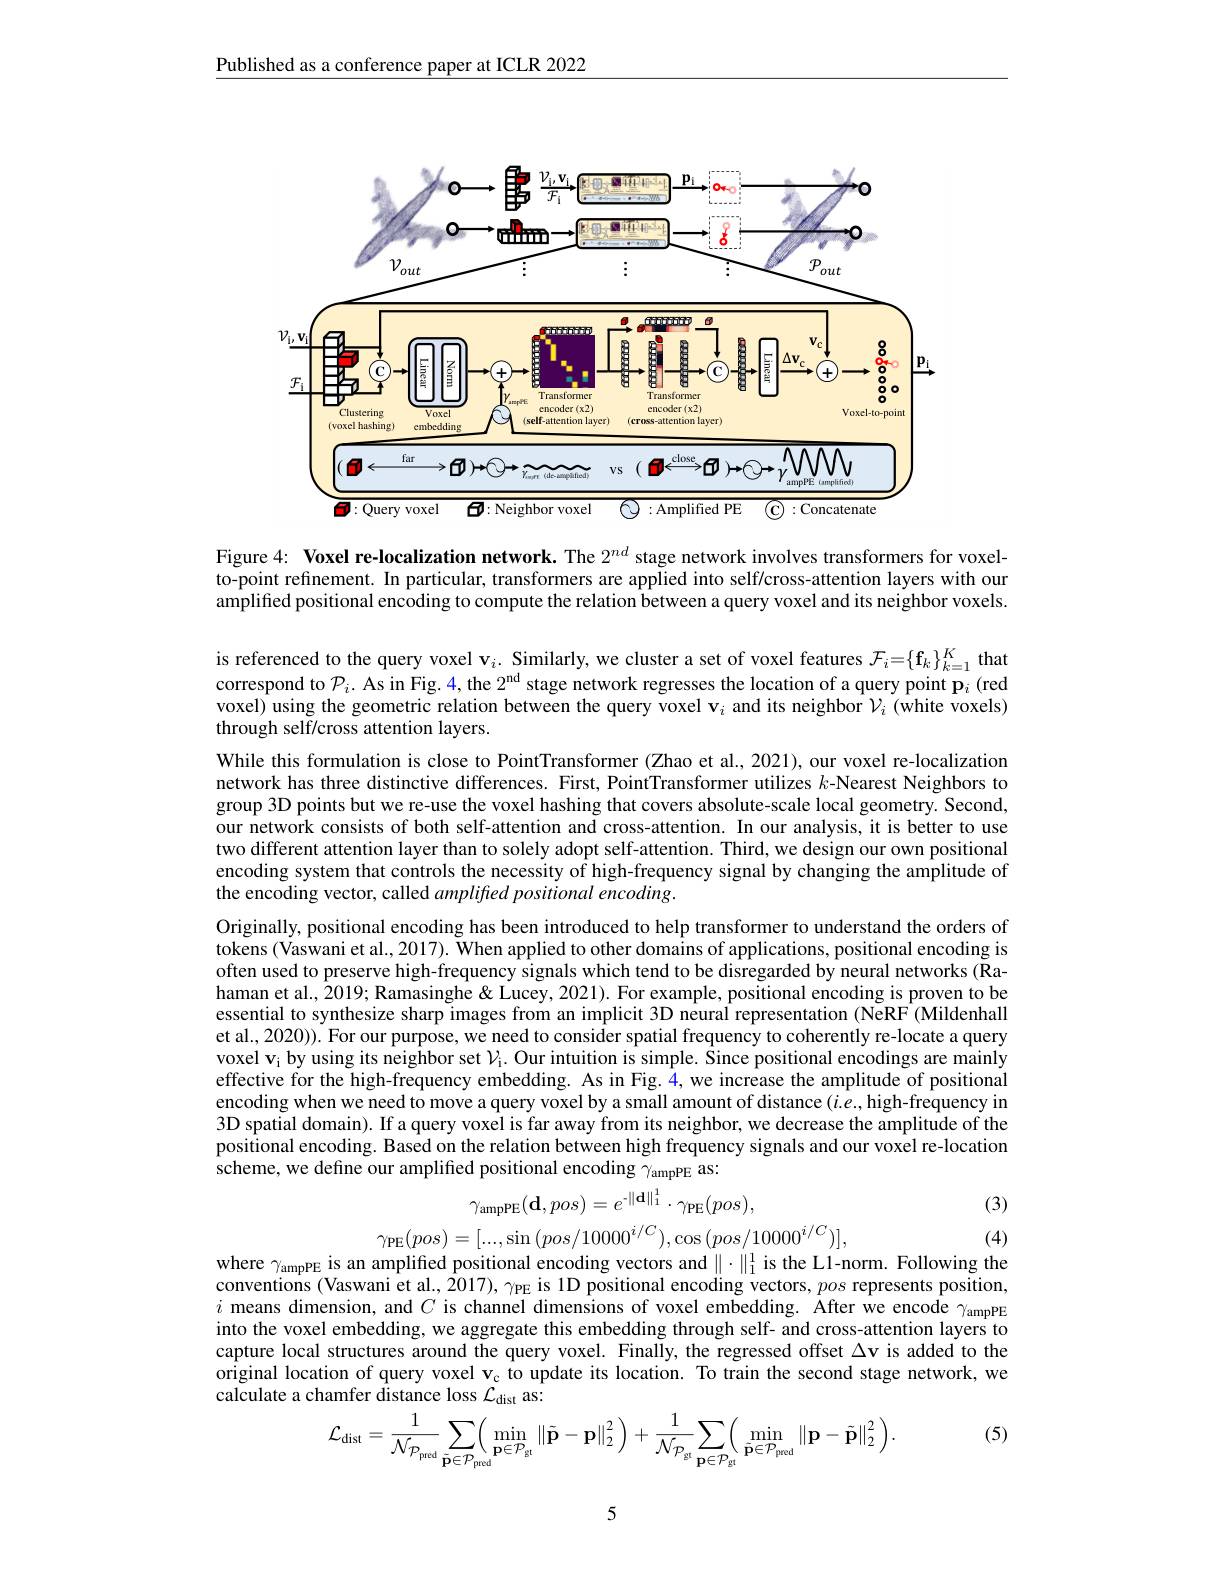
Published as a conference paper at ICLR 2022

<FigureHere>

Figure 4: Voxel re-localization network. The $2^{nd}$ stage network involves transformers for voxel-

to-point refinement. In particular, transformers are applied into self/cross-attention layers with our

amplified positional encoding to compute the relation between a query voxel and its neighbor voxels.

is referenced to the query voxel $\mathbf{v}_i.$ Similarly, we cluster a set of voxel features $\mathcal{F}_i=\{\mathbf{f}_k\}_{k=1}^K$ that correspond to $\mathcal{P}_i.$ As in Fig. 4, the 2$^\mathrm{nd}$ stage network regresses the location of a query point $\mathbf{p}_i$ (red voxel) using the geometric relation between the query voxel $\mathbf{v}_i$ and its neighbor $\mathcal{V}_i$ (white voxels) through self/cross attention layers.
While this formulation is close to PointTransformer (Zhao et al., 2021), our voxel re-localization network has three distinctive differences. First, PointTransformer utilizes $k$-Nearest Neighbors to group 3D points but we re-use the voxel hashing that covers absolute-scale local geometry. Second, our network consists of both self-attention and cross-attention. In our analysis, it is better to use two different attention layer than to solely adopt self-attention. Third, we design our own positional encoding system that controls the necessity of high-frequency signal by changing the amplitude of the encoding vector, called amplifted positional encoding.
Originally, positional encoding has been introduced to help transformer to understand the orders of tokens (Vaswani et al., 2017). When applied to other domains of applications, positional encoding is often used to preserve high-frequency signals which tend to be disregarded by neural networks (Rahaman et al., 2019; Ramasinghe & Lucey, 2021). For example, positional encoding is proven to be essential to synthesize sharp images from an implicit 3D nêural representation (NeRF (Mildenhall et al., 2020)). For our purpose, we need to consider spatial frequency to coherently re-locate a query voxel $\mathbf{v}_\mathrm{i}$ by using its neighbor set $\mathcal{V}_\mathrm{i}.$ Our intuition is simple. Since positional encodings are mainly effective for the high-frequency embedding. As in Fig.4,we increase the amplitude of positional encoding when we need to move a query voxel by a small amount of distance $(i.e.$, high-frequency in 3D spatial domain). If a query voxel is far away from its neighbor, we decrease the amplitude of the positional encoding. Based on the relation between high frequency signals and our voxel re-location scheme, we define our amplified positional encoding $\gamma_\mathrm{ampPE}$ as:
$$\gamma_{\mathrm{ampPE}}(\mathbf{d},pos)=e^{-\|\mathbf{d}\|_{1}^{1}}\cdot\gamma_{\mathrm{PE}}(pos),\\\gamma_{\mathrm{PE}}(pos)=[...,\sin{(pos/10000^{i/C})},\cos{(pos/10000^{i/C})}],$$
(3)

(4)
where $\gamma_\mathrm{ampPE}$ is an amplified positional encoding vectors and $\|\cdot\|_1^1$ is the L1-norm. Following the

conventions ( Vaswani et al. , 2017) , $\gamma _{\mathrm{PE}}$ is 1D positional encoding vectors, pos represents position, $i$ means dimension, and $C$ is channel dimensions of voxel embedding. After we encode $\gamma _{\mathrm{ampPE}}$ i means dimension, and $C$ is channel di into the voxel embedding, we aggregate this embedding through self- and cross-attention layers to capture local structures around the query voxel. Finally, the regressed offset $\Delta\mathbf{v}$ is added to the original location of query voxel $\mathbf{v}_{\mathrm{c}}$ to update its location. To train the second stage network, we calculate a chamfer distance loss $\mathcal{L}_\mathrm{dist}$ as:
$$\mathcal{L}_{\mathrm{dist}}=\frac{1}{\mathcal{N}_{\mathcal{P}_{\mathrm{pued}}}}\sum_{\tilde{\mathbf{p}}\in\mathcal{P}_{\mathrm{pued}}}\Bigl(\min_{\mathbf{p}\in\mathcal{P}_{\mathrm{gt}}}\left\|\tilde{\mathbf{p}}-\mathbf{p}\right\|_{2}^{2}\Bigr)+\frac{1}{\mathcal{N}_{\mathcal{P}_{\mathrm{gt}}}}\sum_{\mathbf{p}\in\mathcal{P}_{\mathrm{gt}}}\Bigl(\min_{\tilde{\mathbf{p}}\in\mathcal{P}_{\mathrm{pued}}}\left\|\mathbf{p}-\tilde{\mathbf{p}}\right\|_{2}^{2}\Bigr).$$
(5)

5